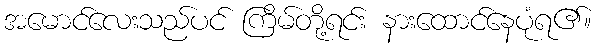
အမောင်လေးသည်ပင် ကြိမ်တို့ရင်း နားထောင်နေပုံရ၏။